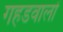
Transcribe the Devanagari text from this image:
गहडवालों